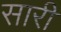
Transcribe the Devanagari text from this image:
सारीं